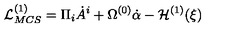
{ \cal L } _ { M C S } ^ { ( 1 ) } = \Pi _ { i } \dot { A } ^ { i } + \Omega ^ { ( 0 ) } \dot { \alpha } - { \cal H } ^ { ( 1 ) } ( \xi )